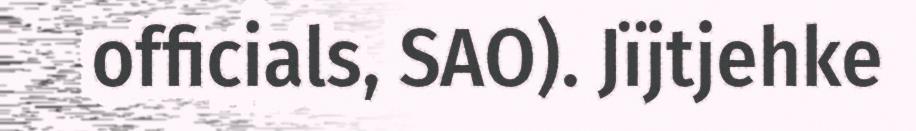
officials, SAO). Jïjtjehke